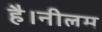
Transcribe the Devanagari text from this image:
है।नीलम